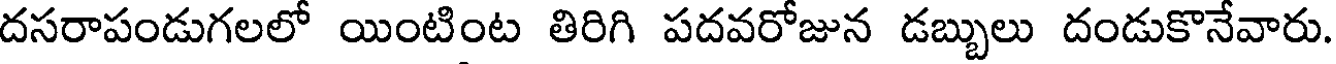
దసరాపండుగలలో యింటింట తిరిగి పదవరోజున డబ్బులు దండుకొనేవారు.